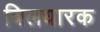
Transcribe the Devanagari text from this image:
बिलधारक